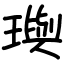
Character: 璵